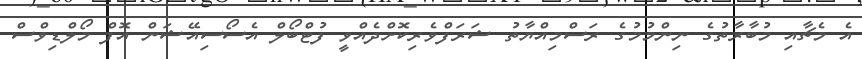
އެ މެޗާއި މުބާރާތުގެ ނިންމުމުގެ ރަސްމިއްޔާތު ޝަރަފްވެރިކޮށްދެއްވީ ފުޓްބޯލް އެސޯސިއޭޝަން އޮފް މޯލްޑިވްސް